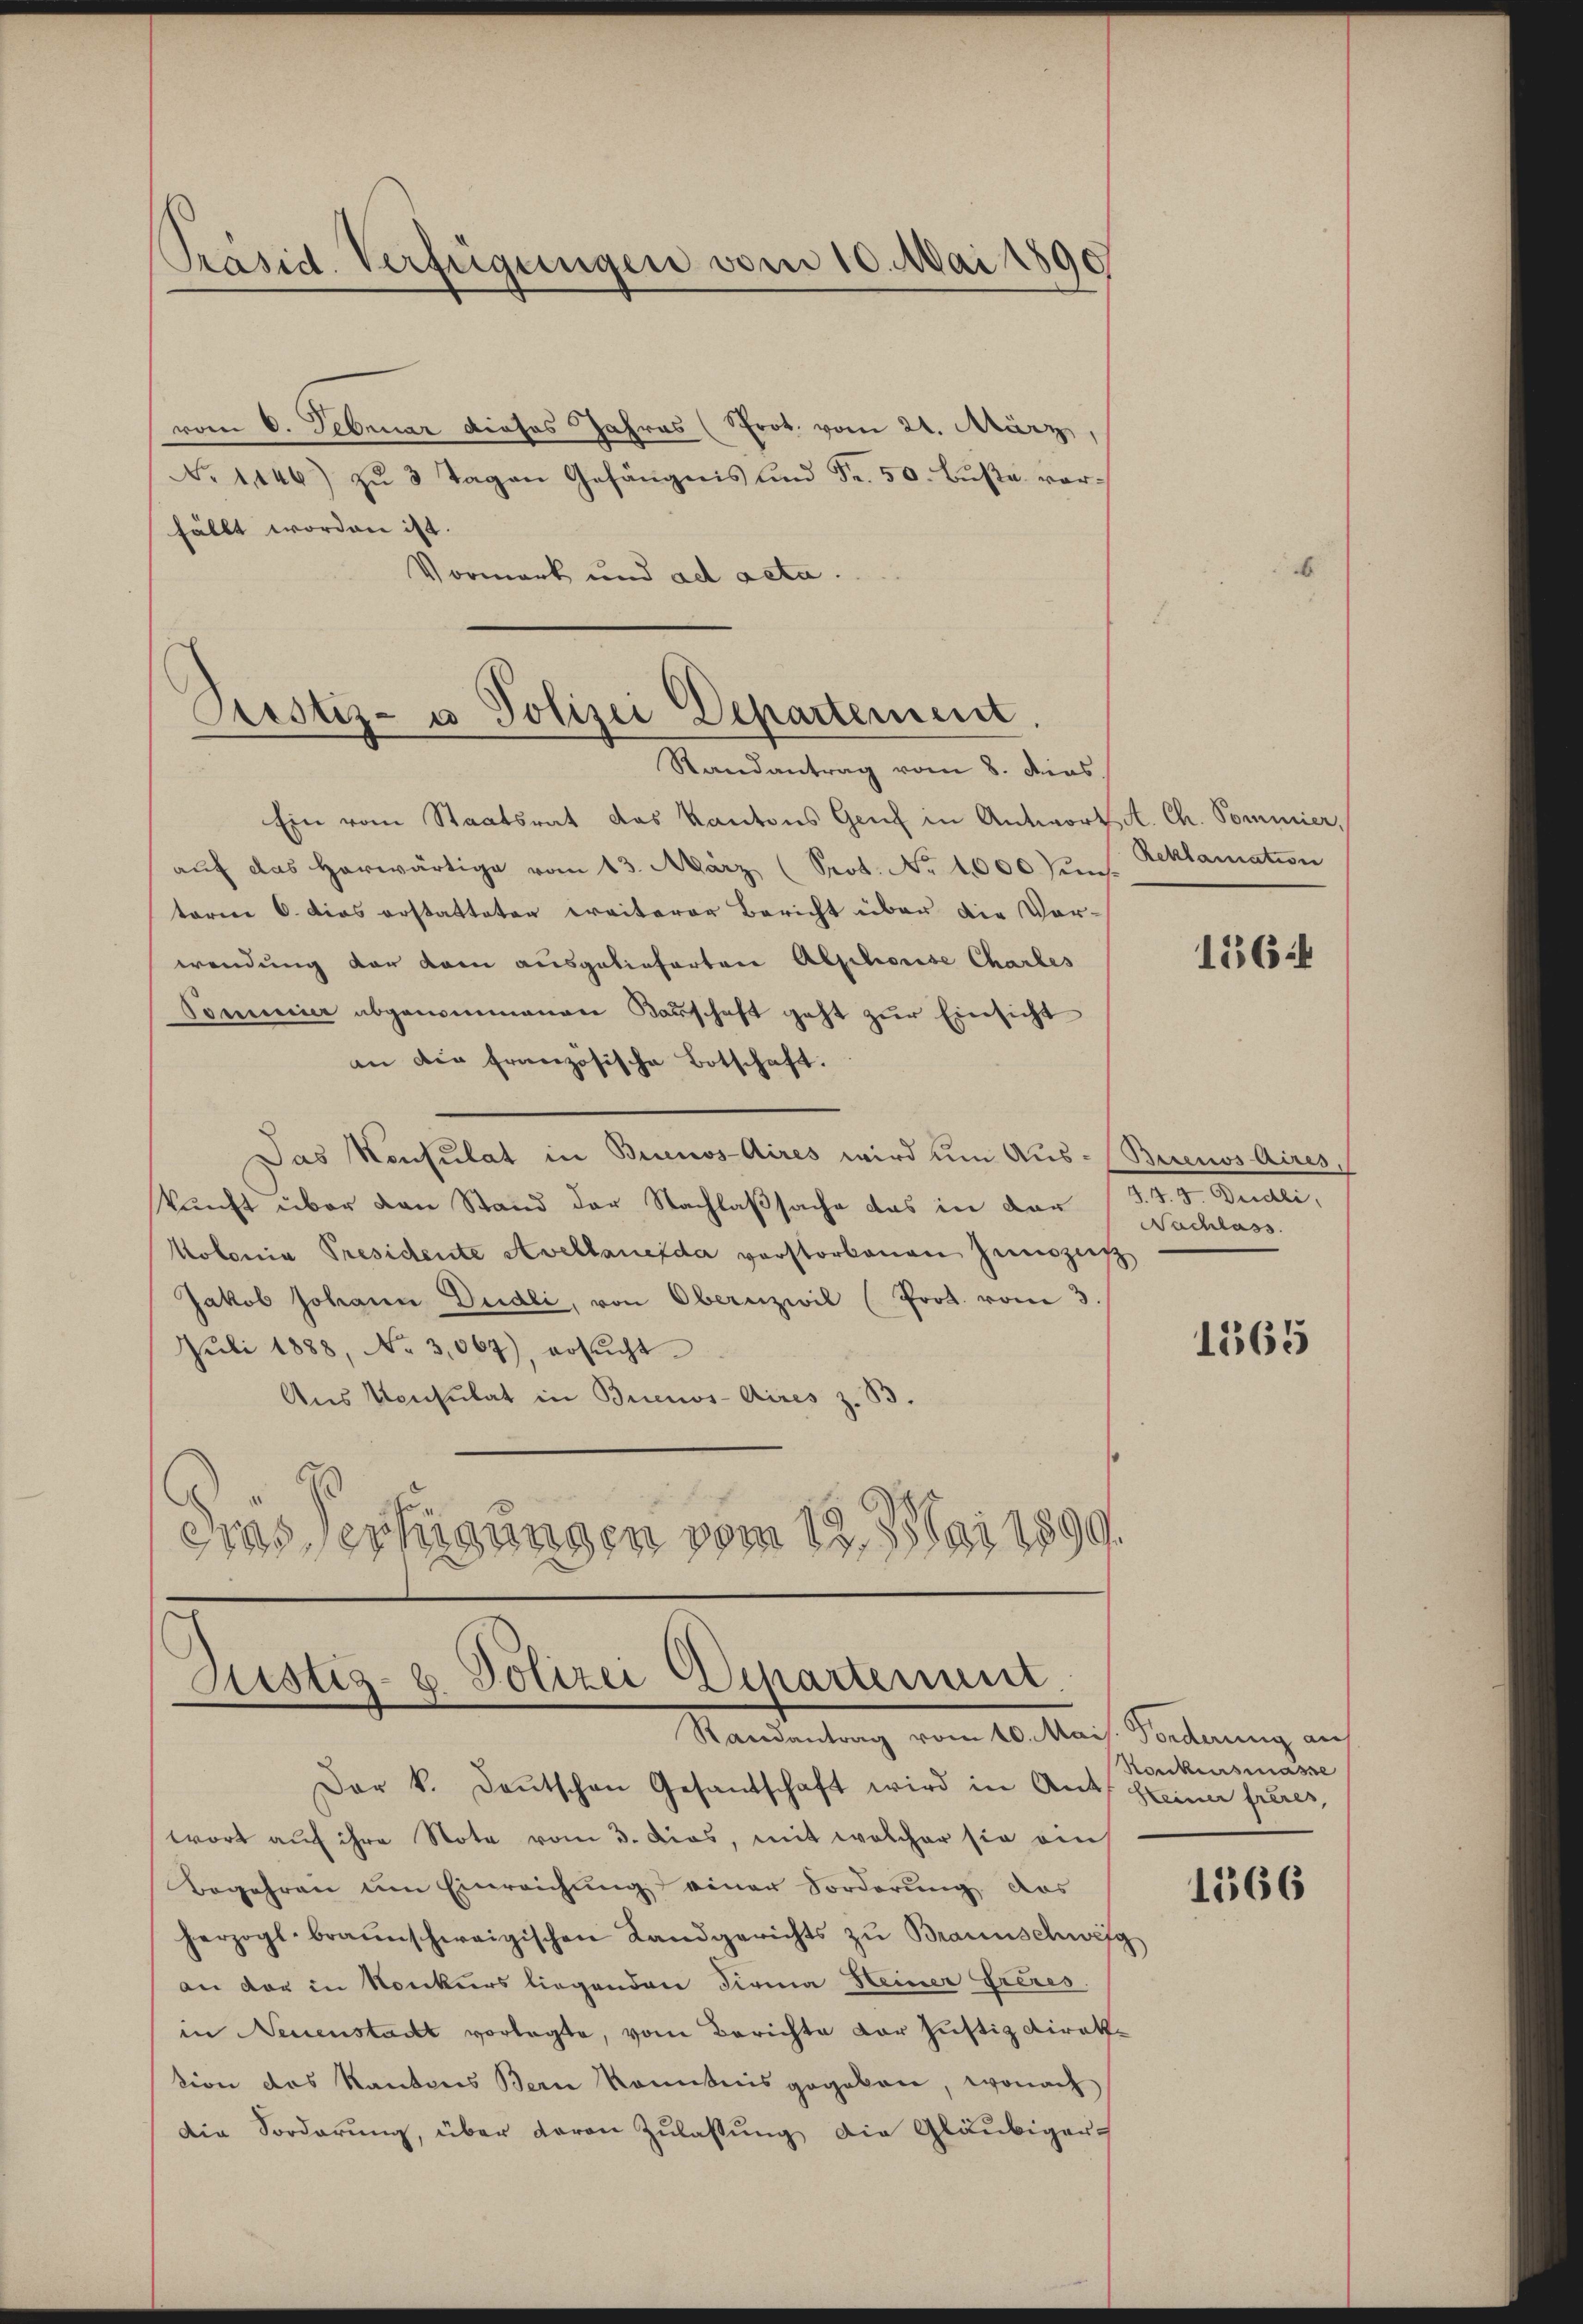
Präsid. Verfügungen vom 10. Mai 1890

vom 6. Februar dieses Jahres (Prot. vom 21. März,
No. 1146) zŭ 3 Tagen Gefängnis und Fr. 50. Bŭβe vorfällt worden ist.
Vormerk und ad acta.

Prustiz- u Polizei Departement.

Randantrag vom 8. dies
Ein vom Staatsrat das Kantons Genf in Antwort A. Ch. Commier,
aŭf das herwärtige vom 13. März (Srot. No 1000 Jun. Reklamation
term 6. dies erstatteten Freiterer Bericht über die Vorwendung vor dem ausgelieferten Abschose Charbes
Sommer abgenommenen Karschaft geht zŭr Einsicht
an die französische Botschaft.
Das Neusulat in Buenos-Aires wird um Aus-Buenos Aires,
kunft über von Stand der Nachlaßsache das in der
Molonia Presidente Avellane da verstorbenen Zuzie
Jakob Johann Dudli, von Obernzivil (Prot. vom 3.
Juli 1888, No 3,067), ersucht.
Aus Konsulat in Buenos-Aires z. B.
dias erfügungen vom 18. Mai 1899.

Ristiz- u. Polizei Departenuer.
Randantrag vom 10. Mais. Forderung auf

Der k. Deutschen Gesandschaft wird in Ant. Seiner freier,
wort auf ihre Note vom 3. Dias, mit welcher sie ein
Begehren um Einreichung einer Forderung das
herzogl. braunschweigischen Landgerichts zu Braunschweig
an der in Konkurs liegenden Firma Heiner Greres.
in Neuenstadt vorlegte, vom Berichte der Justizdirektion des Kantons Bern konntnis gegeben, wonach
Die Sorderung, über davon Zulassung die Gläubiger

1364

12. d. Beiste
Nachlass

1565

Konkursmasse

1366